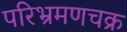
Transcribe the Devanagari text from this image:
परिभ्रमणचक्र